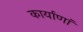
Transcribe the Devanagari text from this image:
कार्याणां